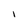
Character: I